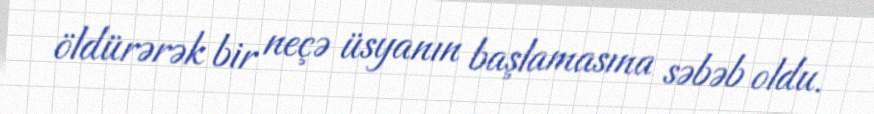
öldürərək bir neçə üsyanın başlamasına səbəb oldu.